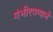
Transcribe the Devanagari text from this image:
गंभीरपणाने